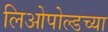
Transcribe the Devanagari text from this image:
लिओपोल्डच्या